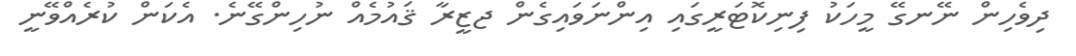
ދިވެހިން ނޭނގޭ މީހަކު ފިނިކޮޓަރީގައި އިންނަވައިގެން ޖޒީރާ ޤައުމެއް ނުހިންގޭނެ. އެކަން ކުރެއްވޭނީ